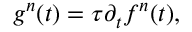
g ^ { n } ( t ) = \tau \partial _ { t } f ^ { n } ( t ) ,